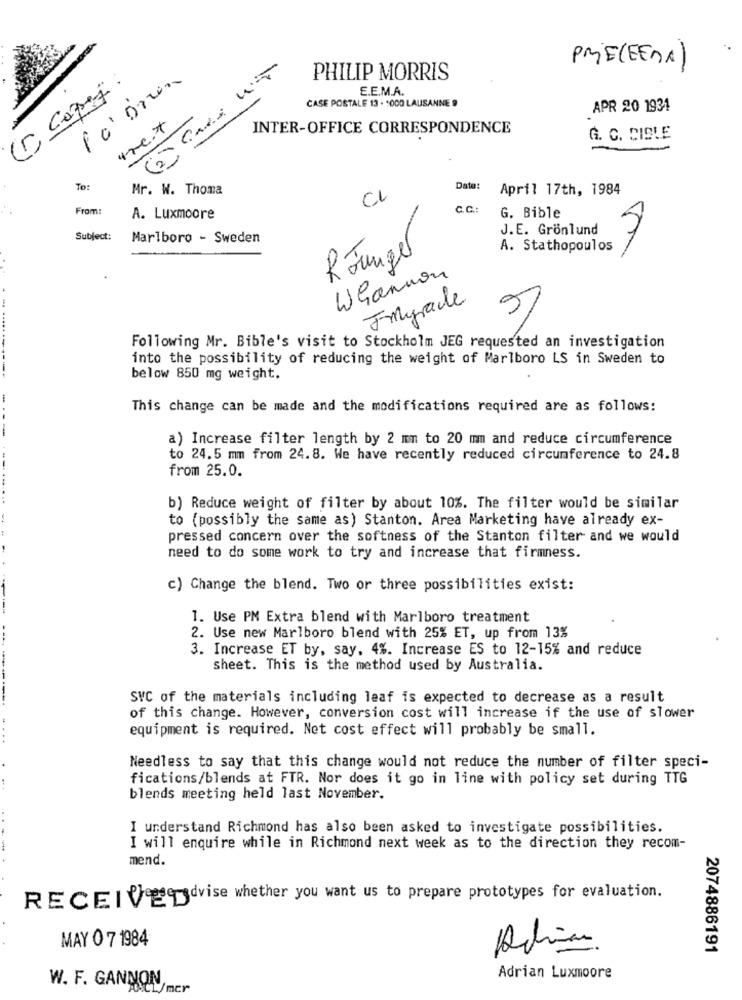
PRE(EENA)
PHILIP MORRIS
E.E.M.A.
CASE POSTALE 13 - 1000 LAUSANNE 9
APR 20 1931
tre.7
INTER-OFFICE CORRESPONDENCE
G. C. CISLE
To:
Mr. W. Thoma
Date:
April 17th, 1984
CL
From:
C.C .:
A. Luxmoore
G. Bible
J.E. Grönlund
Subject:
Marlboro - Sweden
A. Stathopoulos
Jungel
Whannon
Imyracle
9
Following Mr. Bible's visit to Stockholm JEG requested an investigation
into the possibility of reducing the weight of Marlboro LS in Sweden to
below 850 mg weight.
This change can be made and the modifications required are as follows:
a) Increase filter length by 2 mm to 20 mm and reduce circumference
to 24.5 mm from 24.8. We have recently reduced circumference to 24.8
from 25.0.
b) Reduce weight of filter by about 10%. The filter would be similar
to (possibly the same as) Stanton. Area Marketing have already ex-
pressed concern over the softness of the Stanton filter and we would
need to do some work to try and increase that firmness.
c) Change the blend. Two or three possibilities exist:
1. Use PM Extra blend with Marlboro treatment
2. Use new Marlboro blend with 25% ET, up from 13%
3. Increase ET by, say, 4%. Increase ES to 12-15% and reduce
sheet. This is the method used by Australia.
--------
SVC of the materials including leaf is expected to decrease as a result
of this change. However, conversion cost will increase if the use of slower
equipment is required. Net cost effect will probably be small.
....
Needless to say that this change would not reduce the number of filter speci-
fications/blends at FTR. Nor does it go in line with policy set during TTG
blends meeting held last November.
I understand Richmond has also been asked to investigate possibilities.
I will enquire while in Richmond next week as to the direction they recom-
mend.
RECEIVEDdvise whether you want us to prepare prototypes for evaluation.
MAY 0 7 1984
2074886191
W. F. GANNON
Adrian Luxmoore
AXCL/mer